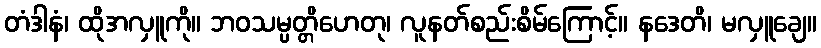
တံဒါနံ၊ ထိုအလှူကို။ ဘဝသမ္ပတ္တိဟေတု၊ လူနတ်စည်းစိမ်ကြောင့်။ နဒေတိ၊ မလှူချေ။